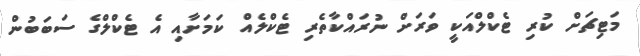
މަޓިޗަށް ކުރި ޓެކްލްއަކީ ވަރަށް ނުރައްކާތެރި ޓެކްލެއް ކަމަށާއި އެ ޓެކްލްގެ ސަބަބުން